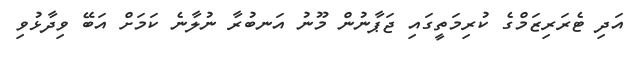
އަދި ޓެރަރިޒަމްގެ ކުރިމަތީގައި ޖަޕާނުން މޫނު އަނބުރާ ނުލާނެ ކަމަށް އަބޭ ވިދާޅުވި